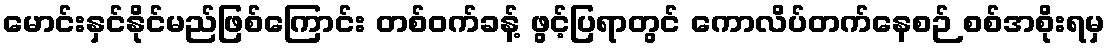
မောင်းနှင်နိုင်မည်ဖြစ်ကြောင်း တစ်ဝက်ခန့် ဖွင့်ပြရာတွင် ကောလိပ်တက်နေစဉ် စစ်အစိုးရမှ